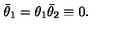
\bar { \theta } _ { 1 } = \theta _ { 1 } \bar { \theta } _ { 2 } \equiv 0 .